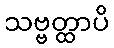
သဗ္ဗတ္ထာပိ